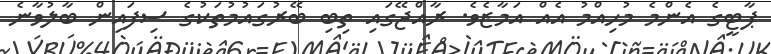
ޕާޓީގެ އެންމެ މުހިއްމު އެއް އަމާޒެވެ. ރާއްޖޭގައި ތިބި ބޭރުގައުމުތަކުގެ ސިފައިން ބާލުވާނެ